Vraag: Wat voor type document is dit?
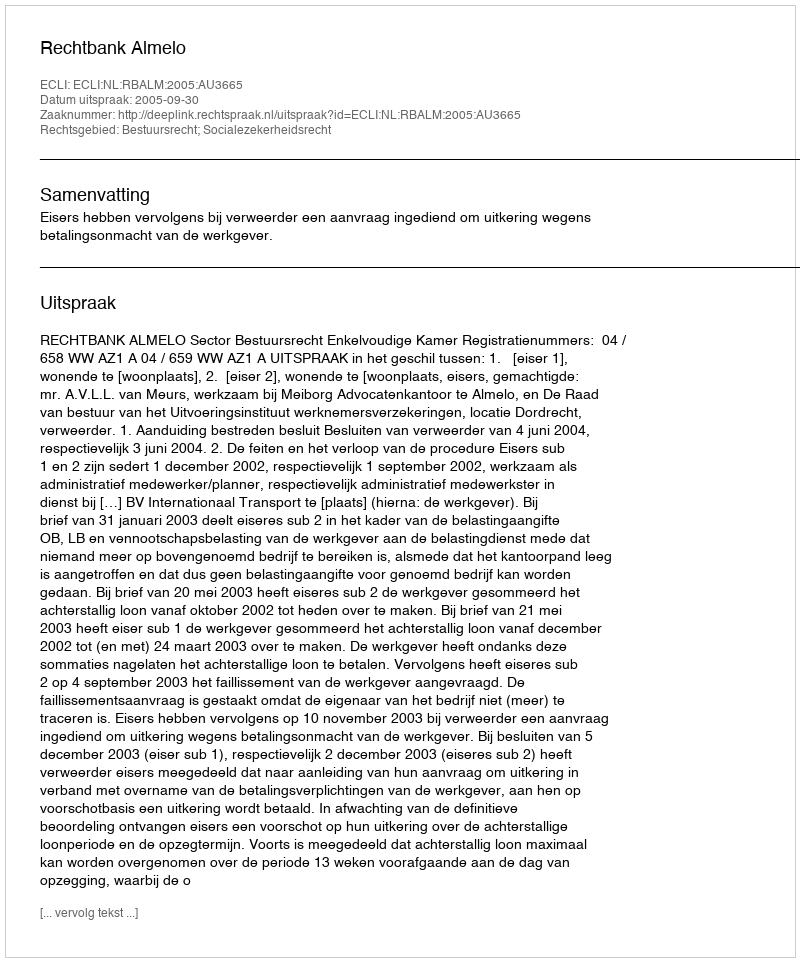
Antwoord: Uitspraak